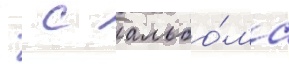
  с альбо́ма